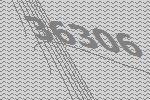
36306